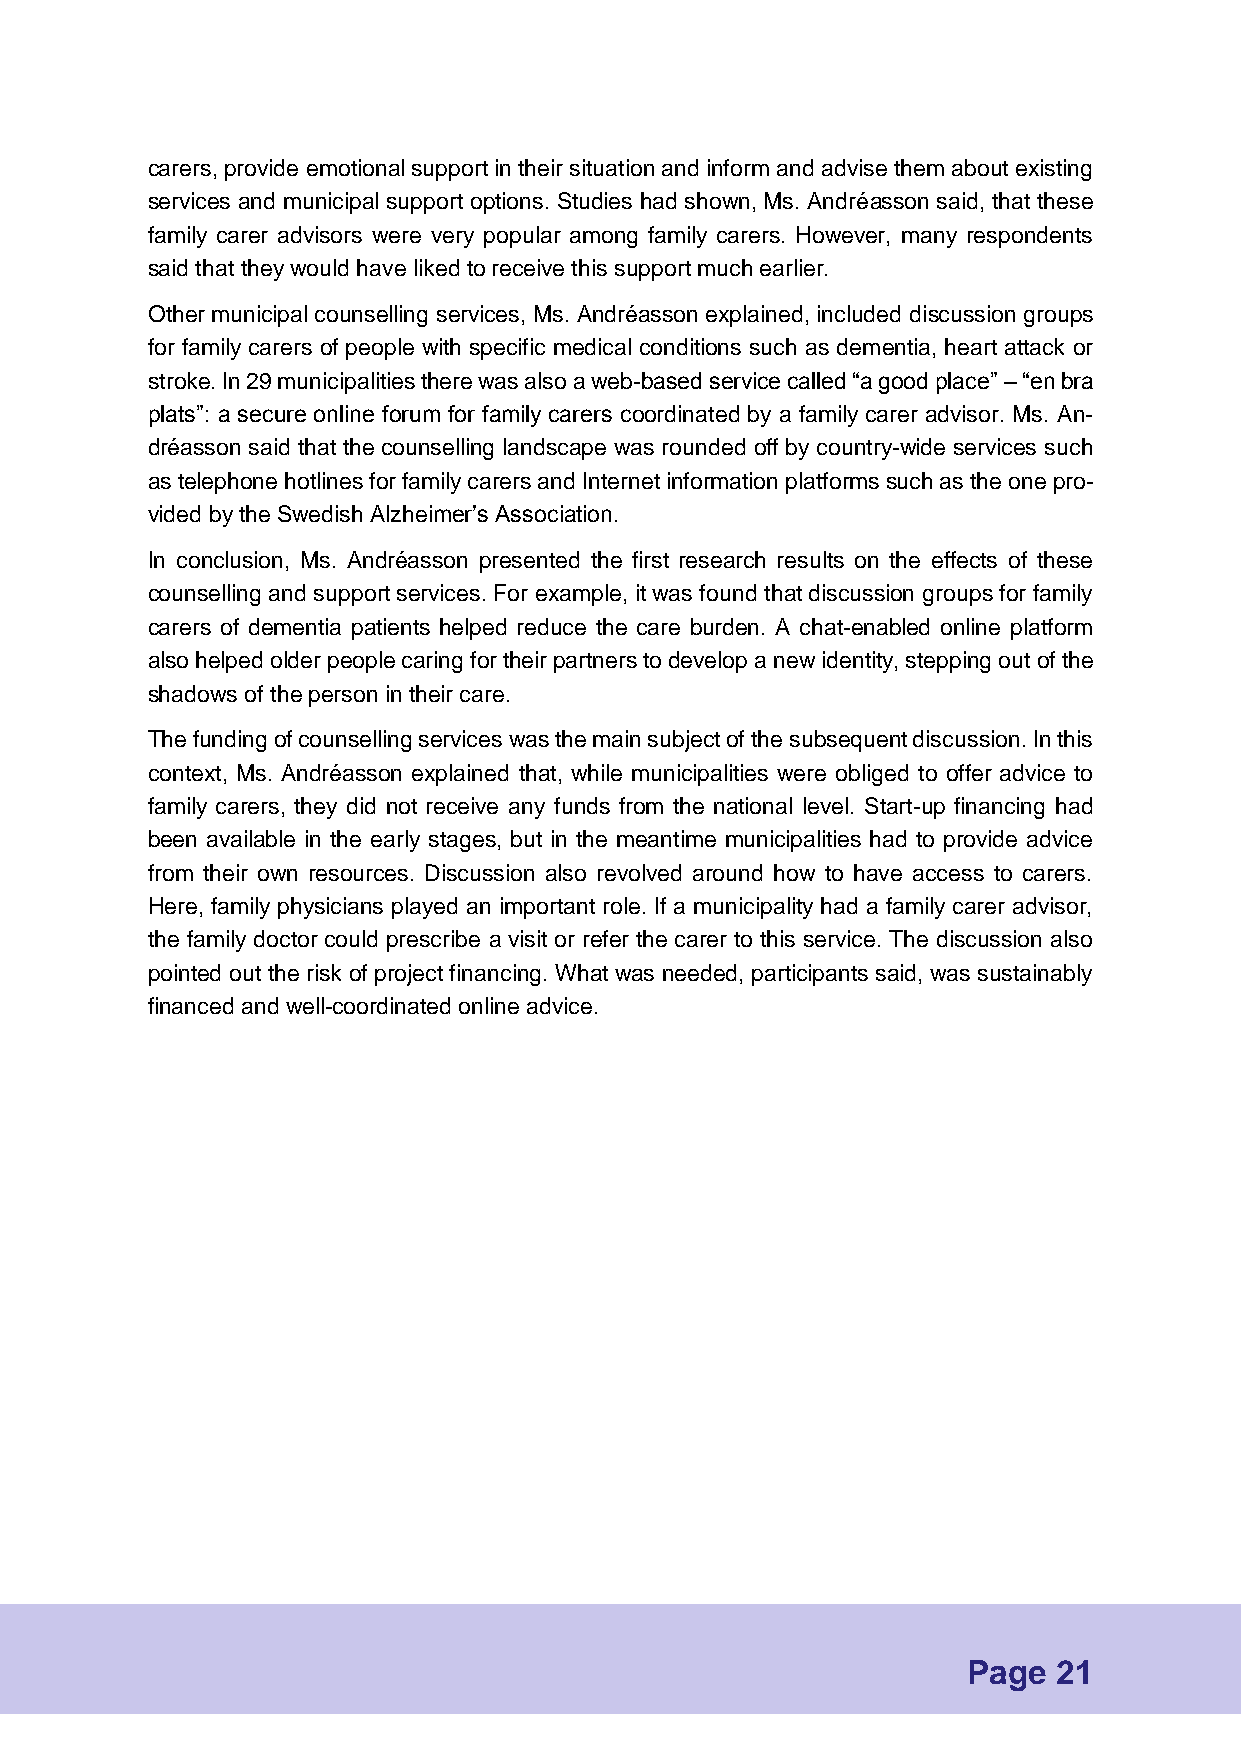
carers, provide emotional support in their situation and inform and advise them about existing
 services and municipal support options. Studies had shown, Ms. Andréasson said, that these
 family carer advisors were very popular among family carers. However, many respondents
 said that they would have liked to receive this support much earlier.
 Other municipal counselling services, Ms. Andréasson explained, included discussion groups
 for family carers of people with specific medical conditions such as dementia, heart attack or
 stroke. In 29 municipalities there was also a web-based service called “a good place” – “en bra
 plats”: a secure online forum for family carers coordinated by a family carer advisor. Ms. An-
 dréasson said that the counselling landscape was rounded off by country-wide services such
 as telephone hotlines for family carers and Internet information platforms such as the one pro-
 vided by the Swedish Alzheimer’s Association.
 In conclusion, Ms. Andréasson presented the first research results on the effects of these
 counselling and support services. For example, it was found that discussion groups for family
 carers of dementia patients helped reduce the care burden. A chat-enabled online platform
 also helped older people caring for their partners to develop a new identity, stepping out of the
 shadows of the person in their care.
 The funding of counselling services was the main subject of the subsequent discussion. In this
 context, Ms. Andréasson explained that, while municipalities were obliged to offer advice to
 family carers, they did not receive any funds from the national level. Start-up financing had
 been available in the early stages, but in the meantime municipalities had to provide advice
 from their own resources. Discussion also revolved around how to have access to carers.
 Here, family physicians played an important role. If a municipality had a family carer advisor,
 the family doctor could prescribe a visit or refer the carer to this service. The discussion also
 pointed out the risk of project financing. What was needed, participants said, was sustainably
 financed and well-coordinated online advice.
 Page  21